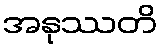
အနုဿတိ